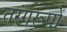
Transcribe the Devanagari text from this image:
तरंगरूपों